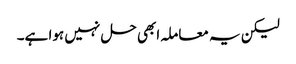
لیکن یہ معاملہ ابھی حل نہیں ہوا ہے۔